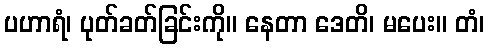
ပဟာရံ၊ ပုတ်ခတ်ခြင်းကို။ နေတာ ဒေတိ၊ မပေး။ တံ၊